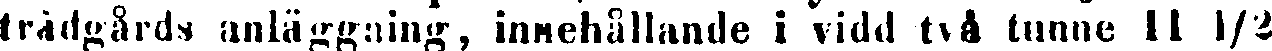
trädgårds anläggning, innehållande i vidd två tunne II ½